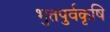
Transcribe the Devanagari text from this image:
भुतपुर्वकृषि